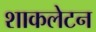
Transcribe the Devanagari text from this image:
शाकलेटन